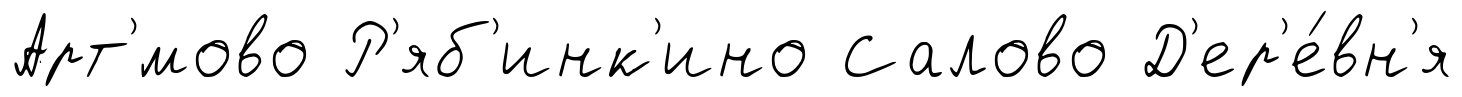
Арт'́мово Р'яб'инк'ино Салово Д'ер'е́вн'я